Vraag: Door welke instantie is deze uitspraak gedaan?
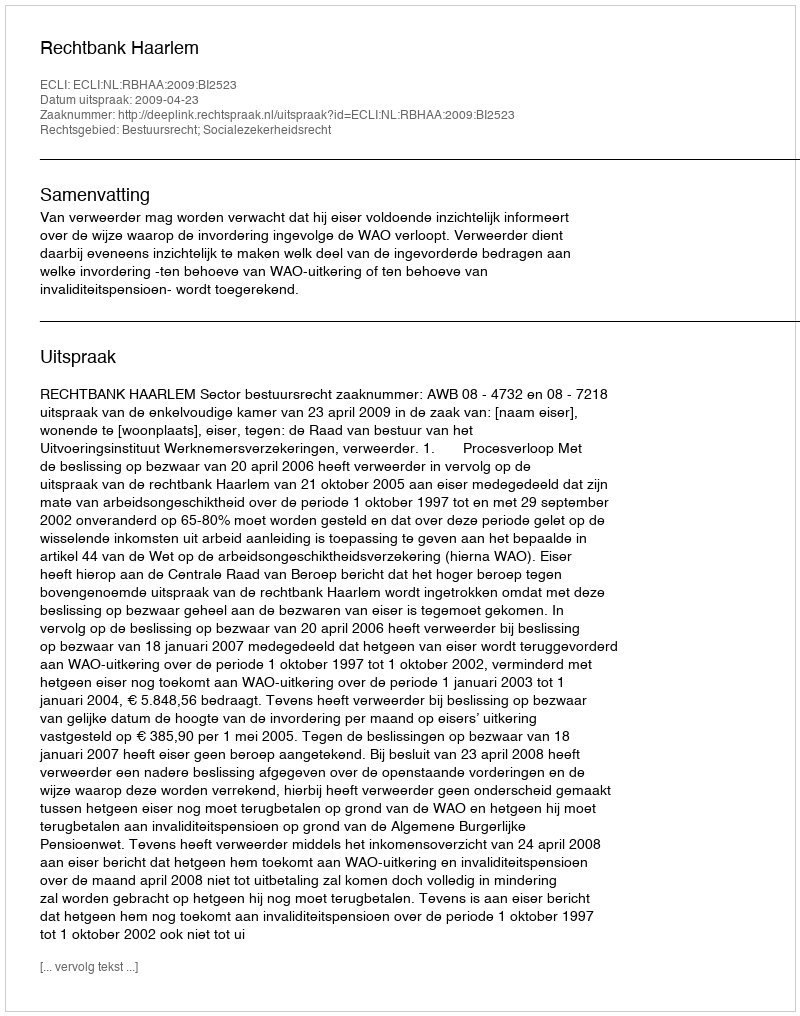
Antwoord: Rechtbank Haarlem